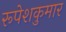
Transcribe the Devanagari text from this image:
रूपेशकुमार